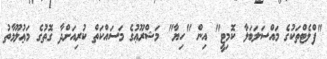
"ފްލެޓްތަކުގެ މައްސަލަބަލާ ކޮމިޓީ" އިން "ހިޔާ" މަޝްރޫޢުގެ މަސައްކަތް ކުރިއަށްދާ ގޮތުގެ މަޢުލޫމާތު